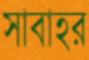
সাবাহর